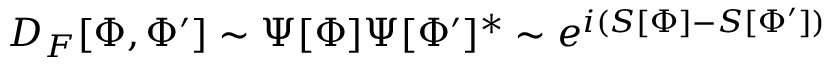
D _ { F } [ \Phi , \Phi ^ { \prime } ] \sim \Psi [ \Phi ] \Psi [ \Phi ^ { \prime } ] ^ { * } \sim e ^ { i ( S [ \Phi ] - S [ \Phi ^ { \prime } ] ) }